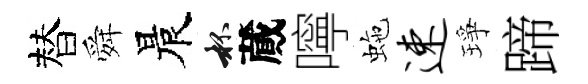
替舜晨杯蕆嚀虵速琤蹄